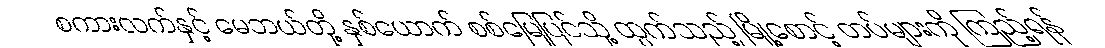
စကားလက်နှင့် မေဘယ်တို့ နှစ်ယောက် စစ်မြေပြင်သို့ ထွက်သည့် မြို့စောင့် တပ်များကို ကြည့်ရန်